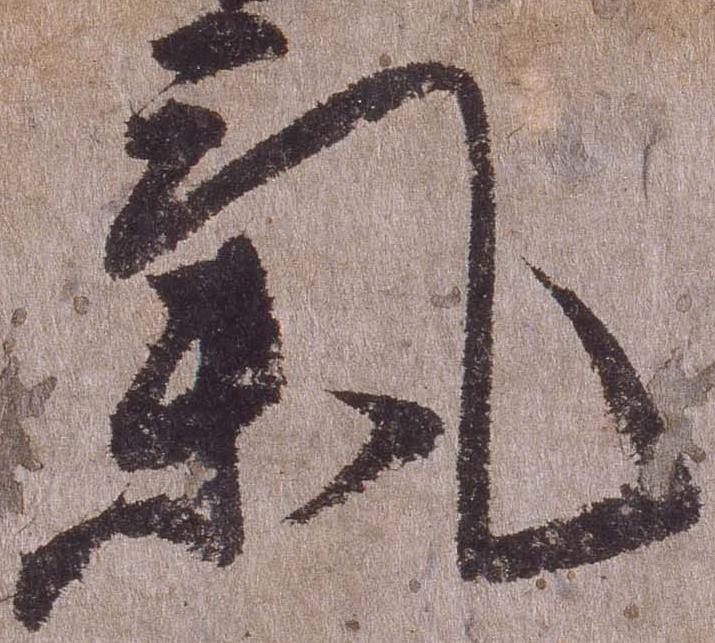
気